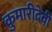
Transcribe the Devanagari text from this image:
कुमारीदेवी